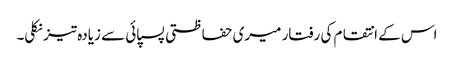
اس کے انتقام کی رفتار میری حفاظتی پسپائی سے زیادہ تیز نکلی۔